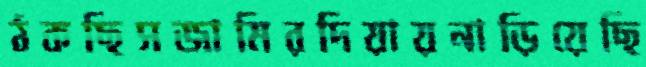
ঠকছিসজামিরদিয়ায়নাড়িয়েছি